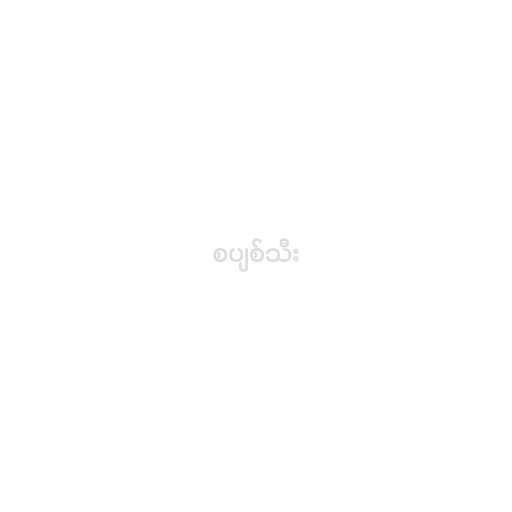
စပျစ်သီး